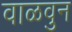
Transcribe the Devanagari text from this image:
वाळवुन